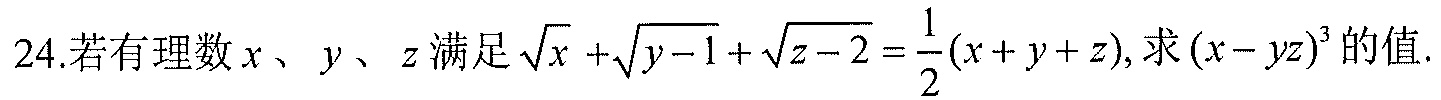
24.若有理数 \(x\)、\(y\)、\(z\) 满足 \(\sqrt{x}+\sqrt{y - 1}+\sqrt{z - 2}=\frac{1}{2}(x + y + z)\), 求 \((x - yz)^{3}\) 的值.